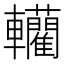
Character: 轥